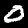
Label: 0